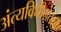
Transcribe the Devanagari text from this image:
अंत्यविधीनंतरचे